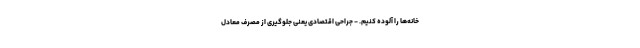
خانه‌ها را آلوده کنیم. - جراحی اقتصادی یعنی جلوگیری از مصرف معادل